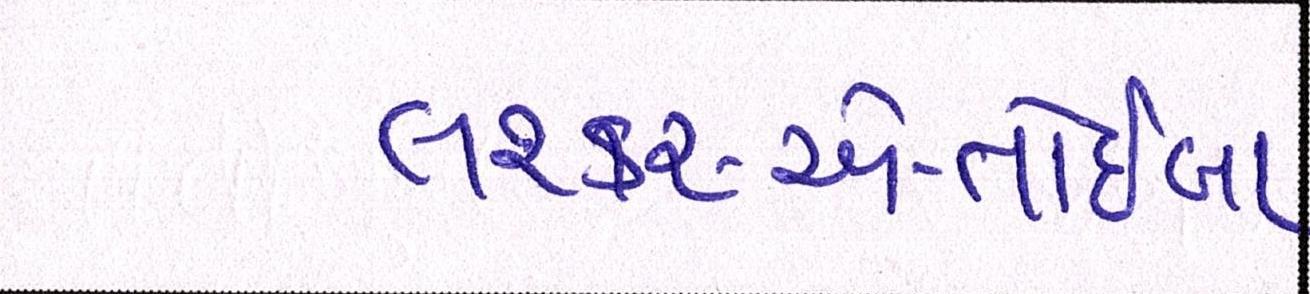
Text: લશ્કર-એ-તોઈબા